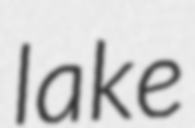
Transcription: lake